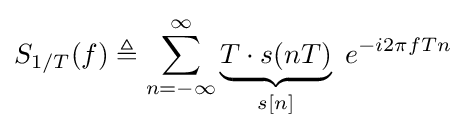
S_{1/T}(f)\triangleq \sum _{n=-\infty }^{\infty }\underbrace {T\cdot s(nT)} _{s[n]}\ e^{-i2\pi fTn}